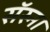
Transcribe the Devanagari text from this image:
सॅस्ना